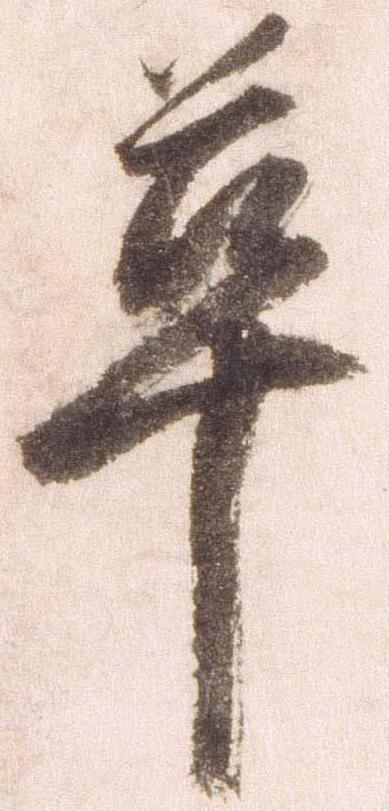
革